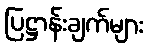
ပြဋ္ဌာန်းချက်များ